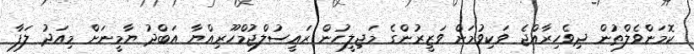
ކޮމަންވެލްތުން ދިވެހިރާއްޖެ ވަކިވުމަށް ވަޒީރުންގެ މަޖިލީހުން ރައީސުލްޖުމްހޫރިއްޔާ އަބްދު ޔާމީނަށް މިއަދު ލަފާ